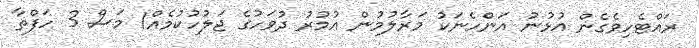
ރައްޓެހިވެގެން އުޅުނު އަންހެނަކު މަރާލުމުން އުމުރު ދުވަހުގެ ޖަލުހުކުމެއް1 މަސް 3 ހަފްތާ